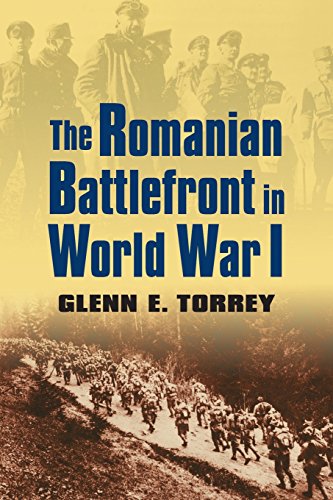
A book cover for The Romanian Battlefront in World War I (Modern War Studies); Glenn E. Torrey; History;